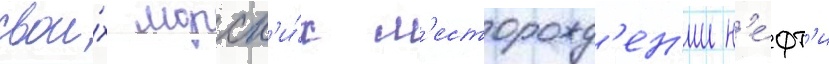
свои́х морск'и́х м'есторожд'ен'ии н'е́фт'и